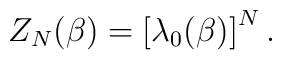
Z_{N}(\beta )=\left[\lambda _{0}(\beta )\right]^N.